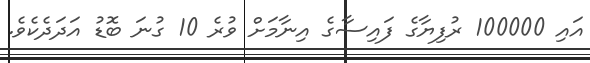
އައި 100000 ރުފިޔާގެ ފައިސާގެ އިނާމަށް ވުރެ 10 ގުނަ ބޮޑު އަދަދެކެވެ.